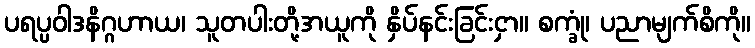
ပရပ္ပဝါဒနိဂ္ဂဟာယ၊ သူတပါးတို့အယူကို နှိပ်နင်းခြင်းငှာ။ စက္ခုံ၊ ပညာမျက်စိကို။